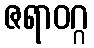
ဇရာဝဂ္ဂ